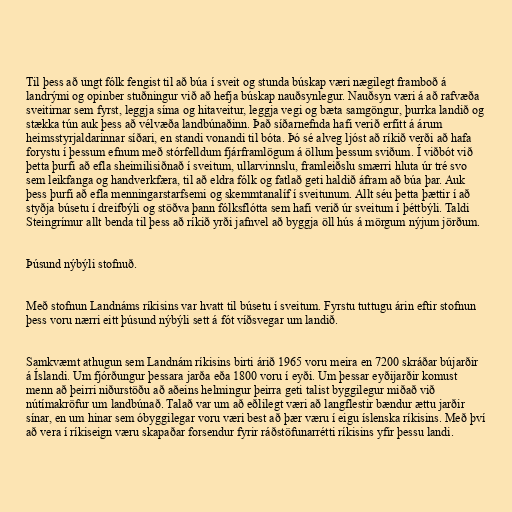
Til þess að ungt fólk fengist til að búa í sveit og stunda búskap væri nægilegt framboð á
landrými og opinber stuðningur við að hefja búskap nauðsynlegur. Nauðsyn væri á að rafvæða
sveitirnar sem fyrst, leggja síma og hitaveitur, leggja vegi og bæta samgöngur, þurrka landið og
stækka tún auk þess að vélvæða landbúnaðinn. Það síðarnefnda hafi verið erfitt á árum
heimsstyrjaldarinnar síðari, en standi vonandi til bóta. Þó sé alveg ljóst að ríkið verði að hafa
forystu í þessum efnum með stórfelldum fjárframlögum á öllum þessum sviðum. Í viðbót við
þetta þurfi að efla sheimilisiðnað í sveitum, ullarvinnslu, framleiðslu smærri hluta úr tré svo
sem leikfanga og handverkfæra, til að eldra fólk og fatlað geti haldið áfram að búa þar. Auk
þess þurfi að efla menningarstarfsemi og skemmtanalíf í sveitunum. Allt séu þetta þættir í að
styðja búsetu í dreifbýli og stöðva þann fólksflótta sem hafi verið úr sveitum í þéttbýli. Taldi
Steingrímur allt benda til þess að ríkið yrði jafnvel að byggja öll hús á mörgum nýjum jörðum.

Þúsund nýbýli stofnuð.

Með stofnun Landnáms ríkisins var hvatt til búsetu í sveitum. Fyrstu tuttugu árin eftir stofnun
þess voru nærri eitt þúsund nýbýli sett á fót víðsvegar um landið.

Samkvæmt athugun sem Landnám ríkisins birti árið 1965 voru meira en 7200 skráðar bújarðir
á Íslandi. Um fjórðungur þessara jarða eða 1800 voru í eyði. Um þessar eyðijarðir komust
menn að þeirri niðurstöðu að aðeins helmingur þeirra geti talist byggilegur miðað við
nútímakröfur um landbúnað. Talað var um að eðlilegt væri að langflestir bændur ættu jarðir
sínar, en um hinar sem óbyggilegar voru væri best að þær væru í eigu íslenska ríkisins. Með því
að vera í ríkiseign væru skapaðar forsendur fyrir ráðstöfunarrétti ríkisins yfir þessu landi.